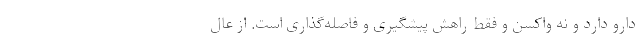
دارو دارد و نه واکسن و فقط راهش پیشگیری و فاصله‌گذاری است. از عال